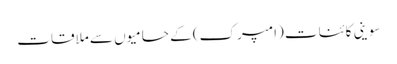
سوینی کائنات (امپرک) کے حامیوں سے ملاقات